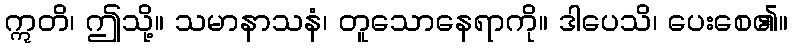
ဣတိ၊ ဤသို့။ သမာနာသနံ၊ တူသောနေရာကို။ ဒါပေသိ၊ ပေးစေ၏။